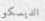
الديسكو